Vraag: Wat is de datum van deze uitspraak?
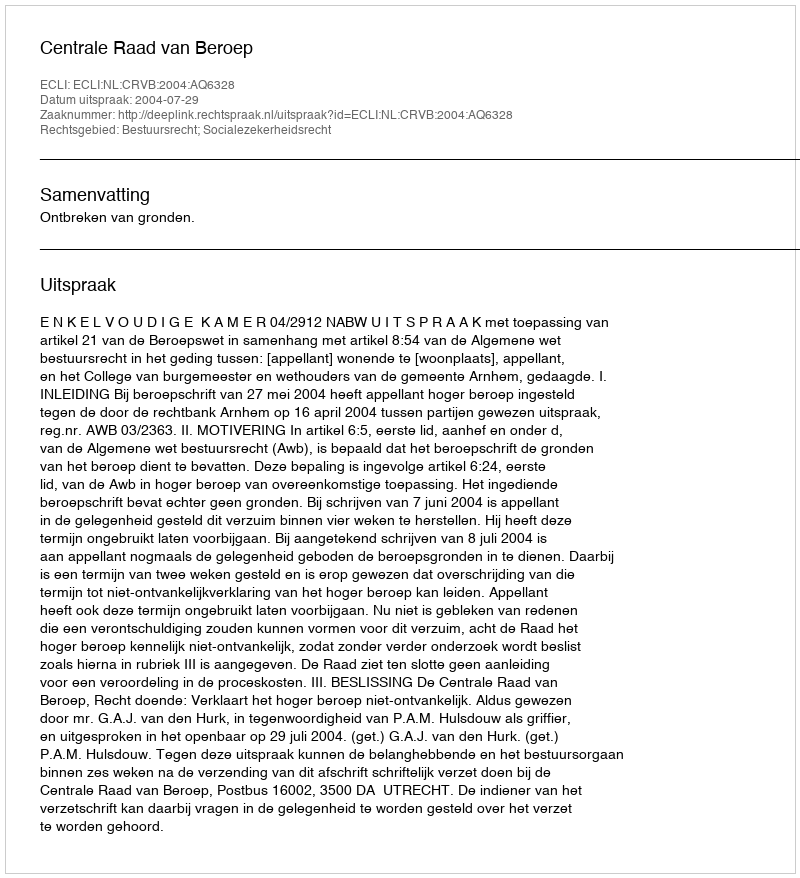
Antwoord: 2004-07-29